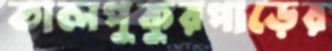
তালপুকুরপাড়ের